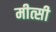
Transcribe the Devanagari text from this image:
मीत्सी